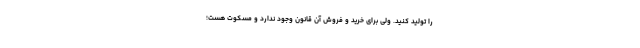
را تولید کنید. ولی برای خرید و فروش آن قانون وجود ندارد و مسکوت هست؛